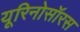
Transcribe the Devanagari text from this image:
यूरिनोसॉरस